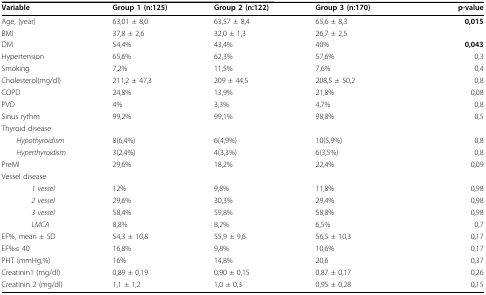
<table><thead><tr><td><b>Variable</b></td><td><b>Group 1 (n:125)</b></td><td><b>Group 2 (n:122)</b></td><td><b>Group 3 (n:170)</b></td><td><b>p-value</b></td></tr></thead><tbody><tr><td>Age, (year)</td><td>63,01 ± 8,0</td><td>63,57 ± 8,4</td><td>65,6 ± 8,3</td><td><b>0,015</b></td></tr><tr><td>BMI</td><td>37,8 ± 2,6</td><td>32,0 ± 1,3</td><td>26,7 ± 2,5</td><td></td></tr><tr><td>DM</td><td>54,4%</td><td>43,4%</td><td>40%</td><td><b>0,043</b></td></tr><tr><td>Hypertension</td><td>65,6%</td><td>62,3%</td><td>57,6%</td><td>0,3</td></tr><tr><td>Smoking</td><td>7,2%</td><td>11,5%</td><td>7,6%</td><td>0,4</td></tr><tr><td>Cholesterol(mg/dl)</td><td>211,2 ± 47,3</td><td>209 ± 44,5</td><td>208,5 ± 50,2</td><td>0,8</td></tr><tr><td>COPD</td><td>24,8%</td><td>13,9%</td><td>21,8%</td><td>0,08</td></tr><tr><td>PVD</td><td>4%</td><td>3,3%</td><td>4,7%</td><td>0,8</td></tr><tr><td>Sinus rythm</td><td>99,2%</td><td>99,1%</td><td>98,8%</td><td>0,5</td></tr><tr><td colspan="5">Thyroid disease</td></tr><tr><td> <i>Hypothyroidism</i></td><td>8(6,4%)</td><td>6(4,9%)</td><td>10(5,9%)</td><td>0,8</td></tr><tr><td> <i>Hyperthyroidism</i></td><td>3(2,4%)</td><td>4(3,3%)</td><td>6(3,5%)</td><td>0,8</td></tr><tr><td>PreMI</td><td>29,6%</td><td>18,2%</td><td>22,4%</td><td>0,09</td></tr><tr><td colspan="5">Vessel disease</td></tr><tr><td><i>1 vessel</i></td><td>12%</td><td>9,8%</td><td>11,8%</td><td>0,98</td></tr><tr><td><i>2 vessel</i></td><td>29,6%</td><td>30,3%</td><td>29,4%</td><td>0,98</td></tr><tr><td><i>3 vessel</i></td><td>58,4%</td><td>59,8%</td><td>58,8%</td><td>0,98</td></tr><tr><td><i>LMCA</i></td><td>8,8%</td><td>8,2%</td><td>6,5%</td><td>0,7</td></tr><tr><td>EF%, mean ± SD</td><td>54,3 ± 10,8</td><td>55,9 ± 9,6</td><td>56,5 ± 10,3</td><td>0,17</td></tr><tr><td>EF%≤ 40</td><td>16,8%</td><td>9,8%</td><td>10,6%</td><td>0,17</td></tr><tr><td>PHT (mmHg,%)</td><td>16%</td><td>14,8%</td><td>20,6</td><td>0,37</td></tr><tr><td>Creatinin1 (mg/dl)</td><td>0,89 ± 0,19</td><td>0,90 ± 0,15</td><td>0,87 ± 0,17</td><td>0,26</td></tr><tr><td>Creatinin 2 (mg/dl)</td><td>1,1 ± 1,2</td><td>1,0 ± 0,3</td><td>0,95 ± 0,28</td><td>0,15</td></tr></tbody></table>